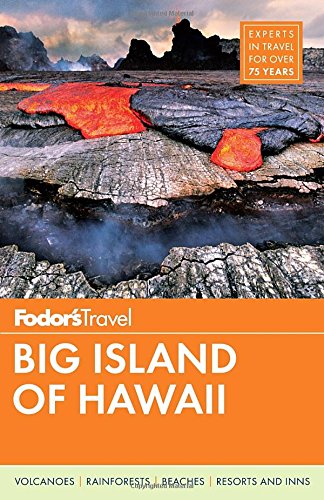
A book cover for Fodor's Big Island of Hawaii (Full-color Travel Guide); Fodor's; Travel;